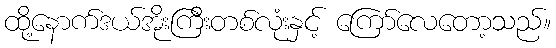
ထို့နောက်ဒယ်အိုးကြီးတစ်လုံးနှင့် ကြော်လေတော့သည်။